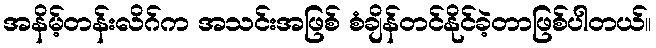
အနိမ့်တန်းလိဂ်က အသင်းအဖြစ် စံချိန်တင်နိုင်ခဲ့တာဖြစ်ပါတယ်။